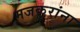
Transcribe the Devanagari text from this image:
मजकुरांना